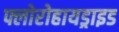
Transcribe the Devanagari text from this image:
फ्लोरोहायड्राइड